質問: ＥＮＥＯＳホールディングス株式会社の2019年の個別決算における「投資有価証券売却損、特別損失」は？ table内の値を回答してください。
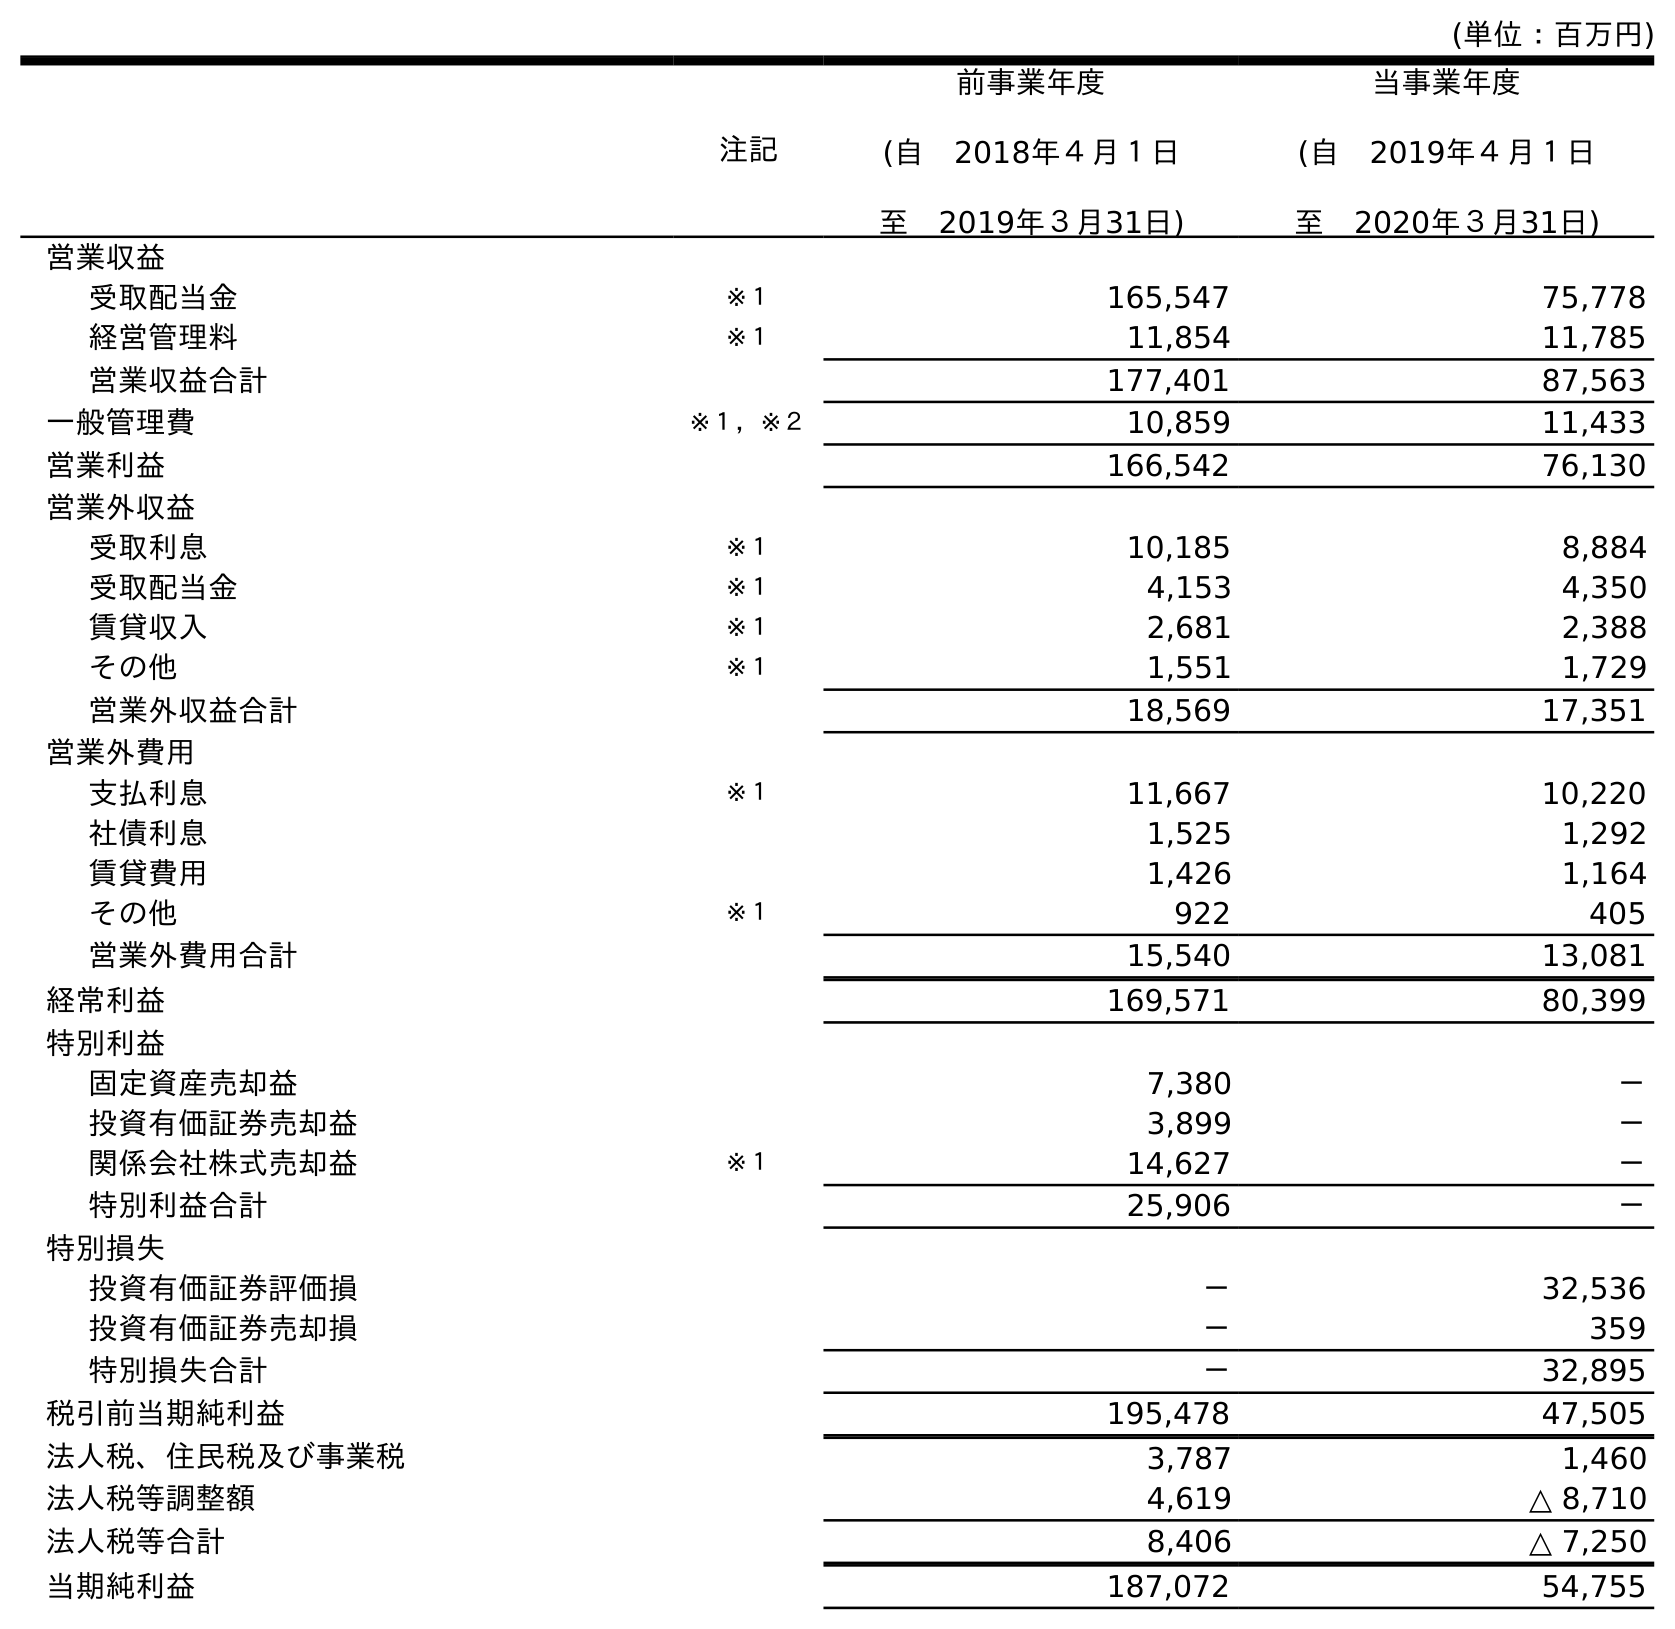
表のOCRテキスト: (単位：百万円) 注記 前事業年度 (自 2018年４月１日 至 2019年３月31日) 当事業年度 (自 2019年４月１日 至 2020年３月31日) 営業収益 受取配当金 ※１ 165,547 75,778 経営管理料 ※１ 11,854 11,785 営業収益合計 177,401 87,563 一般管理費 ※１，※２ 10,859 11,433 営業利益 166,542 76,130 営業外収益 受取利息 ※１ 10,185 8,884 受取配当金 ※１ 4,153 4,350 賃貸収入 ※１ 2,681 2,388 その他 ※１ 1,551 1,729 営業外収益合計 18,569 17,351 営業外費用 支払利息 ※１ 11,667 10,220 社債利息 1,525 1,292 賃貸費用 1,426 1,164 その他 ※１ 922 405 営業外費用合計 15,540 13,081 経常利益 169,571 80,399 特別利益 固定資産売却益 7,380 － 投資有価証券売却益 3,899 － 関係会社株式売却益 ※１ 14,627 － 特別利益合計 25,906 － 特別損失 投資有価証券評価損 － 32,536 投資有価証券売却損 － 359 特別損失合計 － 32,895 税引前当期純利益 195,478 47,505 法人税、住民税及び事業税 3,787 1,460 法人税等調整額 4,619 △ 8,710 法人税等合計 8,406 △ 7,250 当期純利益 187,072 54,755
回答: －